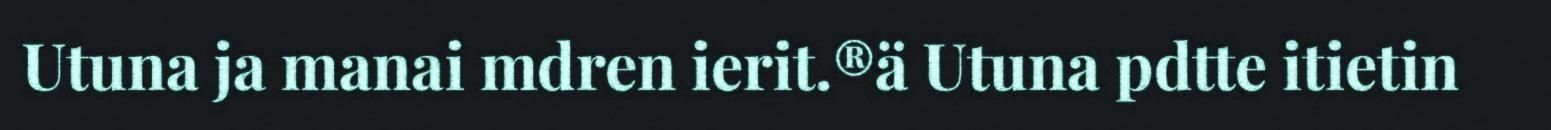
Utuna ja manai mdren ierit.®ä Utuna pdtte itietin